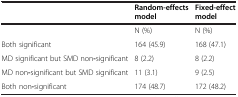
<table><thead><tr><td><b> </b></td><td><b>Random-effects model</b></td><td><b>Fixed-effect model</b></td></tr></thead><tbody><tr><td> </td><td>N (%)</td><td>N (%)</td></tr><tr><td>Both significant</td><td>164 (45.9)</td><td>168 (47.1)</td></tr><tr><td>MD significant but SMD non<b>-</b>significant</td><td>8 (2.2)</td><td>8 (2.2)</td></tr><tr><td>MD non<b>-</b>significant but SMD significant</td><td>11 (3.1)</td><td>9 (2.5)</td></tr><tr><td>Both non<b>-</b>significant</td><td>174 (48.7)</td><td>172 (48.2)</td></tr></tbody></table>